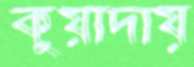
কুয়াদায়